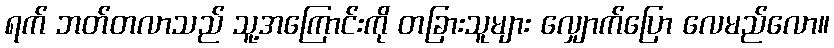
ရက် ဘတ်တလာသည် သူ့အကြောင်းကို တခြားသူများ လျှောက်ပြော လေမည်လော။